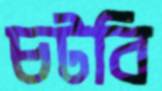
চটবি